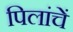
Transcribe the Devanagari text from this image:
पिलांचें